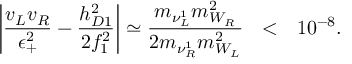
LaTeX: \left| \frac { v _ { L } v _ { R } } { \epsilon _ { + } ^ { 2 } } - \frac { h _ { D 1 } ^ { 2 } } { 2 f _ { 1 } ^ { 2 } } \right| \simeq \frac { m _ { \nu _ { L } ^ { 1 } } m _ { W _ { R } } ^ { 2 } } { 2 m _ { \nu _ { R } ^ { 1 } } m _ { W _ { L } } ^ { 2 } } ~ ~ < ~ ~ 1 0 ^ { - 8 } .